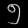
Digit: ၅